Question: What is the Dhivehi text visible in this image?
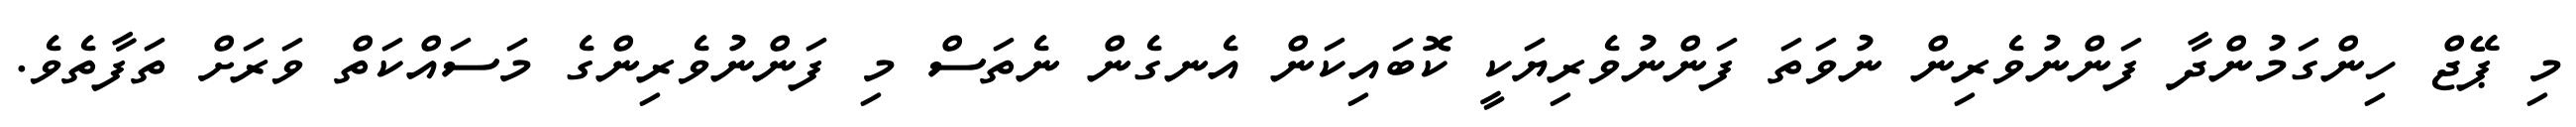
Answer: މި ޕޭޖް ހިންގަމުންދާ ފަންނުވެރިން ނުވަތަ ފަންނުވެރިޔަކީ ކޮބައިކަން އެނގެން ނެތަސް މި ފަންނުވެރިންގެ މަސައްކަތް ވަރަށް ތަފާތެވެ.